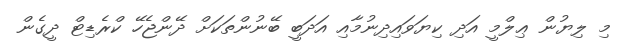
މި ލިޔުން ޢިލްމީ އަދި ކިޔަވައިދިނުމާއި އަދަބީ ބޭނުންތަކަށް ދޭންޖެހޭ ކްރެޑިޓް ދީގެން